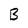
Character: B